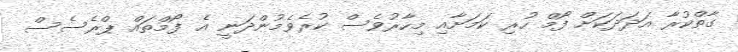
ގާތްކުރާ އަދަދަކަށް ފޯމް ހުރި ކަމަށާއި މިހާރުވެސް ކުރެވެމުންދަނީ އެ ފޯމްތައް ޕްރެސެސް